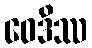
ဝေဒိဿ